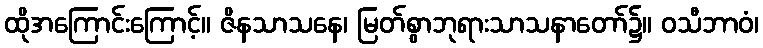
ထိုအကြောင်းကြောင့်။ ဇိနသာသနေ၊ မြတ်စွာဘုရားသာသနာတော်၌။ ဝသီဘာဝံ၊